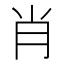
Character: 肖